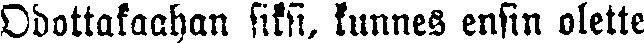
Odattakaahan siksi, kunnes ensin olette